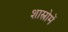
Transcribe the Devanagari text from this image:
शास्त्रोमें